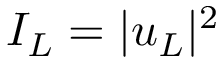
I _ { L } = | u _ { L } | ^ { 2 }